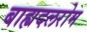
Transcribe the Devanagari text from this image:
बाह्यदलरोम